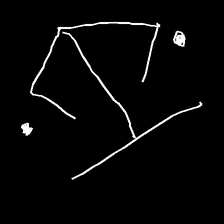
Glyph: earth